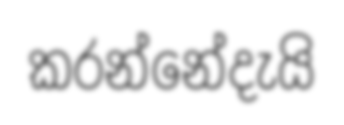
කරන්නේදැයි